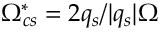
\Omega _ { c s } ^ { * } = 2 q _ { s } / | q _ { s } | \Omega